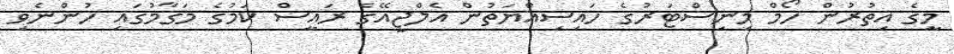
މީގެ އިތުރުން ހޯމް މިނިސްޓަރުގެ ހައިސިއްޔަތުން އެލްޖީއޭގެ ރައީސް ކަމުގެ މަޤާމުގައި ހުންނެވި